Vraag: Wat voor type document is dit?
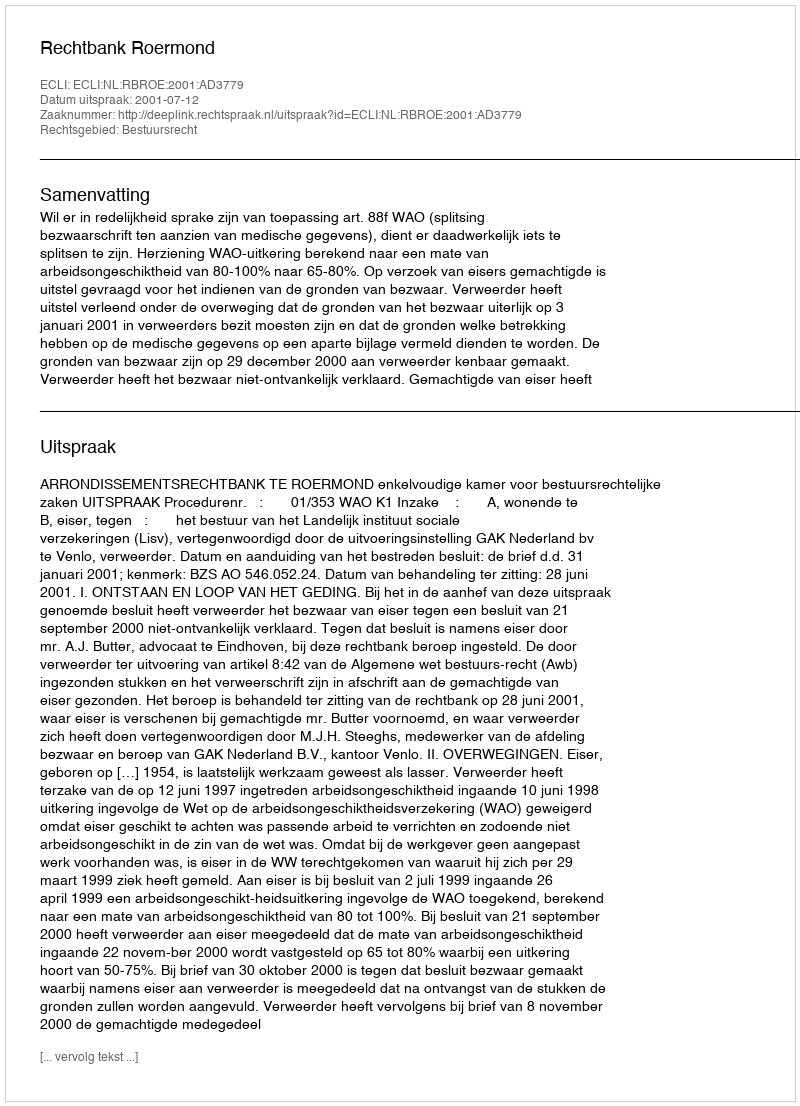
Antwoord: Uitspraak